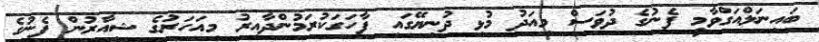
ބައިނަލްއަގްވާމީ ފެނުގެ ދުވަސް މިއަދު މުޅި ދުނިޔޭގައި ފާހަގަކުރަމުންދާއިރު މިއަހަރުގެ ޝިއާރުން ފެނުގެ